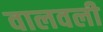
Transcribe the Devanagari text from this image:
वालवली